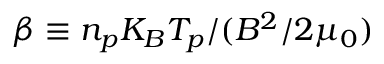
\beta \equiv n _ { p } K _ { B } T _ { p } / ( B ^ { 2 } / 2 \mu _ { 0 } )